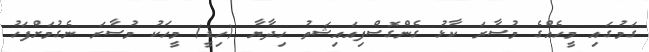
ގަމުގައި މީހެއްގެ މުސާރަ ކާޅު ގެންގޮސްފިއައިޝަތު ހިދާޔާ (ހިޑީ) މީހަކު މުސާރަ ނެގުމަށްފަހު